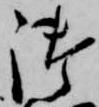
御